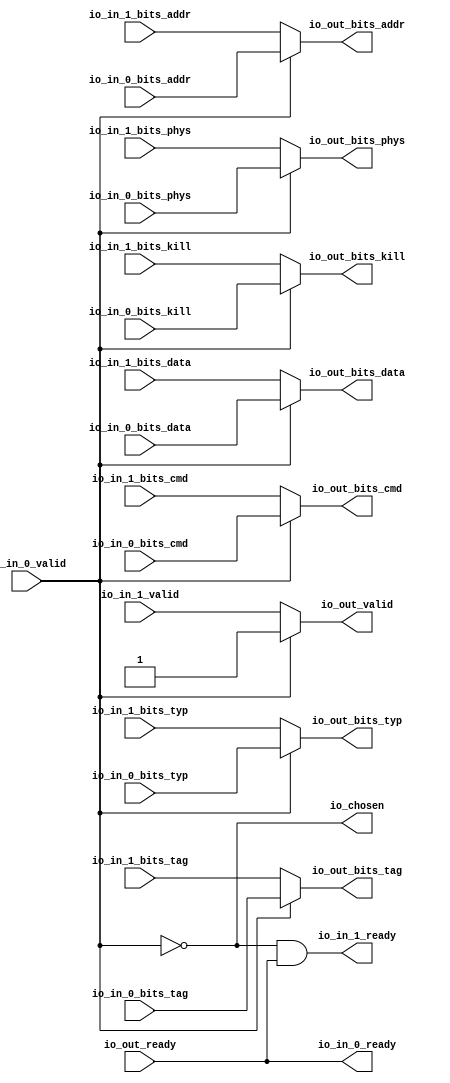
module Arbiter_5
(
  io_in_1_ready,
  io_in_1_valid,
  io_in_1_bits_addr,
  io_in_1_bits_tag,
  io_in_1_bits_cmd,
  io_in_1_bits_typ,
  io_in_1_bits_kill,
  io_in_1_bits_phys,
  io_in_1_bits_data,
  io_in_0_ready,
  io_in_0_valid,
  io_in_0_bits_addr,
  io_in_0_bits_tag,
  io_in_0_bits_cmd,
  io_in_0_bits_typ,
  io_in_0_bits_kill,
  io_in_0_bits_phys,
  io_in_0_bits_data,
  io_out_ready,
  io_out_valid,
  io_out_bits_addr,
  io_out_bits_tag,
  io_out_bits_cmd,
  io_out_bits_typ,
  io_out_bits_kill,
  io_out_bits_phys,
  io_out_bits_data,
  io_chosen
);

  input [39:0] io_in_1_bits_addr;
  input [9:0] io_in_1_bits_tag;
  input [4:0] io_in_1_bits_cmd;
  input [2:0] io_in_1_bits_typ;
  input [63:0] io_in_1_bits_data;
  input [39:0] io_in_0_bits_addr;
  input [9:0] io_in_0_bits_tag;
  input [4:0] io_in_0_bits_cmd;
  input [2:0] io_in_0_bits_typ;
  input [63:0] io_in_0_bits_data;
  output [39:0] io_out_bits_addr;
  output [9:0] io_out_bits_tag;
  output [4:0] io_out_bits_cmd;
  output [2:0] io_out_bits_typ;
  output [63:0] io_out_bits_data;
  input io_in_1_valid;
  input io_in_1_bits_kill;
  input io_in_1_bits_phys;
  input io_in_0_valid;
  input io_in_0_bits_kill;
  input io_in_0_bits_phys;
  input io_out_ready;
  output io_in_1_ready;
  output io_in_0_ready;
  output io_out_valid;
  output io_out_bits_kill;
  output io_out_bits_phys;
  output io_chosen;
  wire [39:0] io_out_bits_addr;
  wire [9:0] io_out_bits_tag;
  wire [4:0] io_out_bits_cmd;
  wire [2:0] io_out_bits_typ;
  wire [63:0] io_out_bits_data;
  wire io_in_1_ready,io_in_0_ready,io_out_valid,io_out_bits_kill,io_out_bits_phys,
  io_chosen,N0,N1,io_out_ready,T10;
  assign io_in_0_ready = io_out_ready;
  assign io_chosen = ~io_in_0_valid;
  assign io_out_bits_data = (N0)? io_in_1_bits_data : 
                            (N1)? io_in_0_bits_data : 1'b0;
  assign N0 = io_chosen;
  assign N1 = io_in_0_valid;
  assign io_out_bits_phys = (N0)? io_in_1_bits_phys : 
                            (N1)? io_in_0_bits_phys : 1'b0;
  assign io_out_bits_kill = (N0)? io_in_1_bits_kill : 
                            (N1)? io_in_0_bits_kill : 1'b0;
  assign io_out_bits_typ = (N0)? io_in_1_bits_typ : 
                           (N1)? io_in_0_bits_typ : 1'b0;
  assign io_out_bits_cmd = (N0)? io_in_1_bits_cmd : 
                           (N1)? io_in_0_bits_cmd : 1'b0;
  assign io_out_bits_tag = (N0)? io_in_1_bits_tag : 
                           (N1)? io_in_0_bits_tag : 1'b0;
  assign io_out_bits_addr = (N0)? io_in_1_bits_addr : 
                            (N1)? io_in_0_bits_addr : 1'b0;
  assign io_out_valid = (N0)? io_in_1_valid : 
                        (N1)? io_in_0_valid : 1'b0;
  assign io_in_1_ready = T10 & io_out_ready;
  assign T10 = ~io_in_0_valid;

endmodule